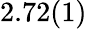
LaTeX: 2.72(1)